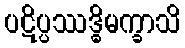
ပဋိပ္ပဿဒ္ဓိမက္ခာသိ